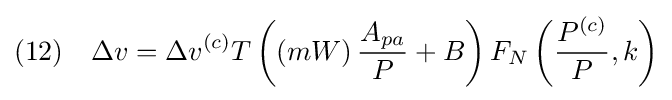
(12)\quad \Delta v=\Delta v^{(c)}T\left(\left(mW\right){\frac {A_{pa}}{P}}+B\right)F_{N}\left({\frac {P^{(c)}}{P}},k\right)